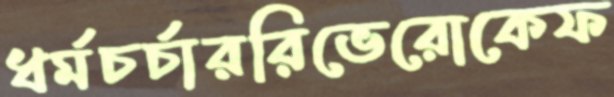
ধর্মচর্চাররিভেরোকেফ